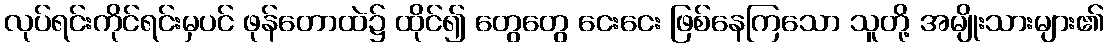
လုပ်ရင်းကိုင်ရင်းမှပင် ဖုန်တောထဲ၌ ထိုင်၍ တွေတွေ ငေးငေး ဖြစ်နေကြသော သူတို့ အမျိုးသားများ၏